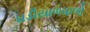
ઘડીયાળવાળો